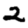
Digit: 2